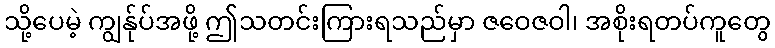
သို့ပေမဲ့ ကျွန်ုပ်အဖို့ ဤသတင်းကြားရသည်မှာ ဇဝေဇဝါ၊ အစိုးရတပ်ကူတွေ